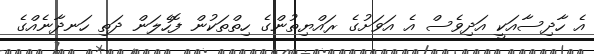
އެ ހާދިސާއަކީ އަދިވެސް އެ އަވަށުގެ ރައްޔިތުންގެ ހިތްތަކުން ފޮހެލަން ދަތި ހަނދާނެއްގެ